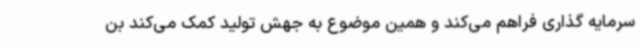
سرمایه گذاری فراهم می‌کند و همین موضوع به جهش تولید کمک می‌کند بن